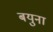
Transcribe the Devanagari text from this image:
बयुना